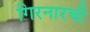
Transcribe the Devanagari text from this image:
गिरनारची